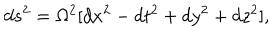
LaTeX: d s ^ { 2 } = \Omega ^ { 2 } [ d x ^ { 2 } - d t ^ { 2 } + d y ^ { 2 } + d z ^ { 2 } ] ,